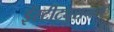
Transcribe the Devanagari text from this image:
इंस्टीट्युशनल